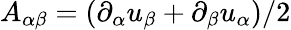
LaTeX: A_{\alpha\beta}=(\partial_{\alpha}u_{\beta}+\partial_{\beta}u_{\alpha})/2